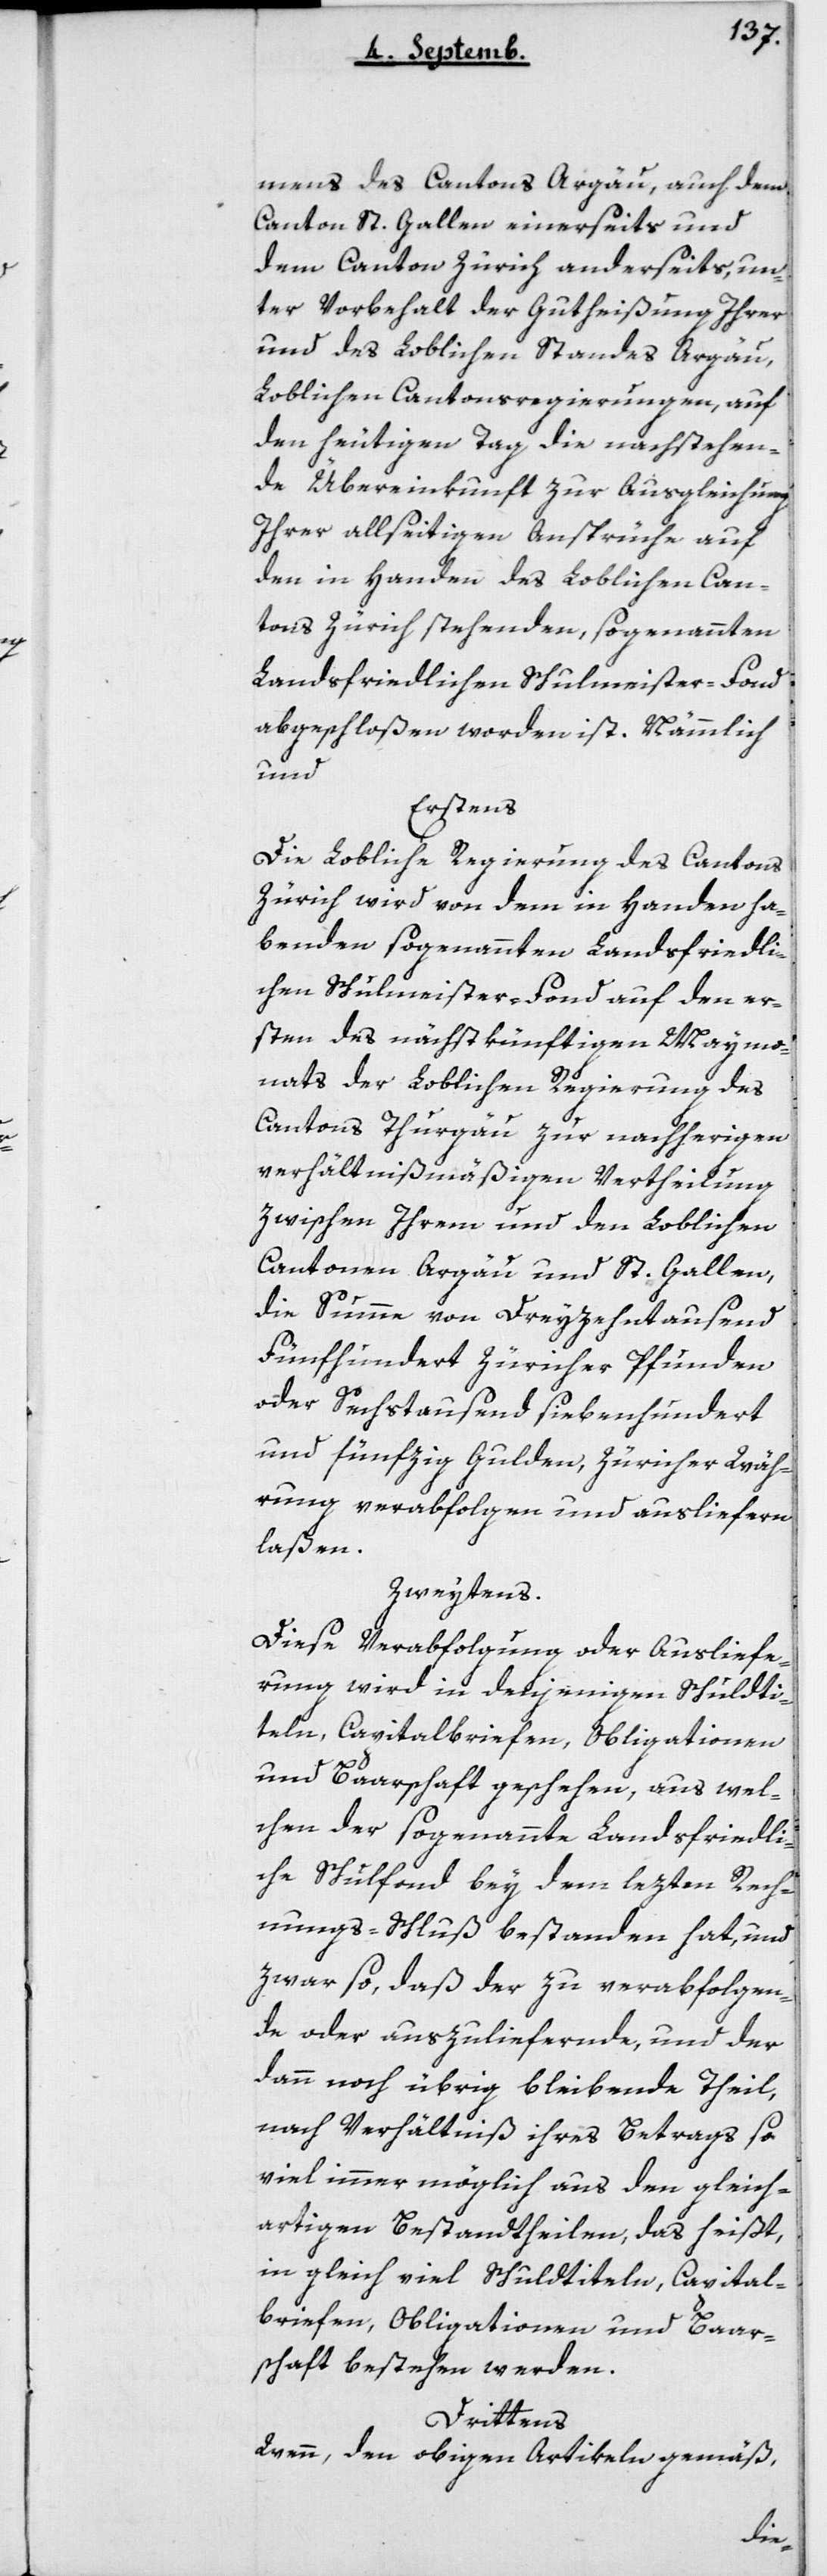
mens des Cantons Argau, auch dem
Canton St. Gallen einerseits und
dem Canton Zürich anderseits, un¬
ter Vorbehalt der Gutheißung ihrer
und des Loblichen Standes Argau,
Loblichen Cantonsregierungen, auf
den heutigen Tag die nachstehen¬
de Übereinkunft zur Ausgleichung
Ihrer allseitigen Ansprüche auf
den in Handen des Loblichen Can¬
tons Zürich stehenden, sogenannten
Landsfriedlichen Schulmeister-Fond
abgeschloßen worden ist. Nämmlich
und
Erstens
Zürich wird von dem in Handen ha¬
benden sogenannten Landsfriedli¬
chen Schulmeister-Fond auf den
1ten des nächstkünftigen Maymo¬
nats der Loblichen Regierung des
Cantons Thurgau zur nachherigen
verhältnismäßigen Vertheilung
zwischen Ihrem und den Loblichen
Cantonen Argau und St. Gallen,
die Summe von Dreyzehntausend
Fünfhundert Züricher Pfunden
oder Sechstausend siebenhundert
und fünfzig Gulden, Züricher Wäh¬
rung, verabfolgen und ausliefern
laßen.
Zweytens
Diese Verabfolgung oder Ausliefe¬
rung wird in denjenigen Schuldti¬
teln, Capitalbriefen, Obligationen
und Baarschaft geschehen, aus wel¬
chen der sogenannte Landsfriedli¬
che Schulfonds bey dem lezten Rech¬
ungs-Schluß bestanden hat, und
zwar so, daß der zu verabfolgen¬
de oder auszuliefernde, und der
dann noch übrig bleibende Teil,
nach Verhältnis ihres Betrags so
viel immer möglich aus den gleich¬
artigen Bestandtheilen, das heißt,
in gleich viel Schuldtiteln, Capital¬
briefen, Obligationen und Bar¬
schaft bestehen werden.
Drittens
Wenn, den obigen Artikeln gemäß,
des